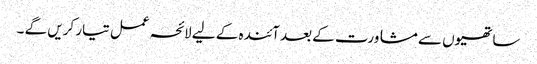
ساتھیوں سے مشاورت کے بعد آئندہ کے لیے لائحہ عمل تیار کریں گے ۔